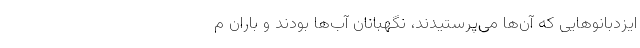
ایزدبانوهایی که آن‌ها می‌پرستیدند، نگهبانان آب‌ها بودند و باران م